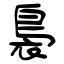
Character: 裊